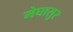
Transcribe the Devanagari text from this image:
मेघासुर